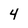
Character: 4